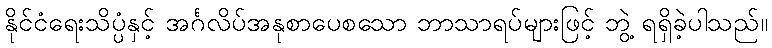
နိုင်ငံရေးသိပ္ပံနှင့် အင်္ဂလိပ်အနုစာပေစသော ဘာသာရပ်များဖြင့် ဘွဲ့ ရရှိခဲ့ပါသည်။